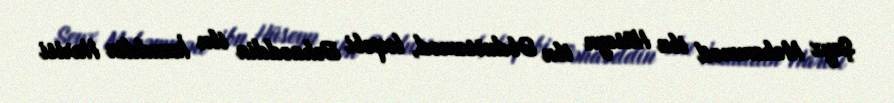
Şeyx Məhəmməd ibn Hüseyn ibn Əbdussəməd, ləqəbi Bəhaəddin ibn İzzuddin Harisi